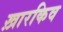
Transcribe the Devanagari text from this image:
ख़ारकिव